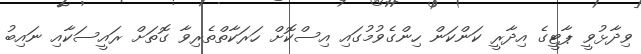
ވިދާޅުވީ ޕާޓީގެ އިދާރީ ކަންކަން ހިންގެވުމުގައި އިސްކޮށް ހަރަކާތްތެރިވާ ގޮތަށް ރައީސަކާއި ނައިބު